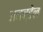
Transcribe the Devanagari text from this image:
अनन्डेल